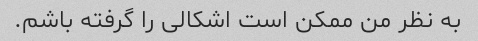
به نظر من ممکن است اشکالی را گرفته باشم.